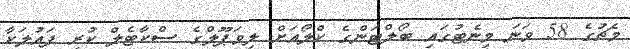
މެޗުގެ 58 ވަނަ މިނެޓުގައި ބޯލްޓަންގެ ކްލޯއަށް ލިވަޕޫލްގެ ސްކާޓެލް ކުރި ފައުލަކާ